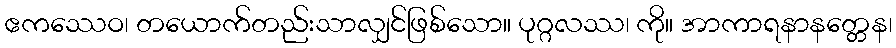
ဧကဿေဝ၊ တယောက်တည်းသာလျှင်ဖြစ်သော။ ပုဂ္ဂလဿ၊ ကို။ အာကာရနာနတ္တေန၊